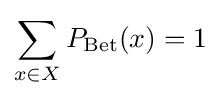
\sum _{x\in X}P_{\text{Bet}}(x)=1\,\!